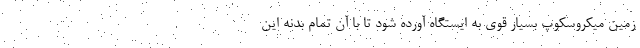
زمین میکروسکوپ بسیار قوی به ایستگاه آورده شود تا با آن تمام بدنه این